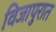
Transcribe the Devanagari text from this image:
विजापुरात